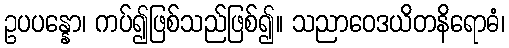
ဥပပန္နော၊ ကပ်၍ဖြစ်သည်ဖြစ်၍။ သညာဝေဒယိတနိရောဓံ၊